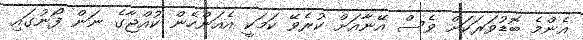
އެންމެ ބޮޑުވަރަކަށް ވެސް އޭނާއަށް ކުރެވޭ ކަމަކީ އެއަންހެން ކުއްޖާގެ ނަން ފޯނުގައި